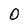
Character: 0